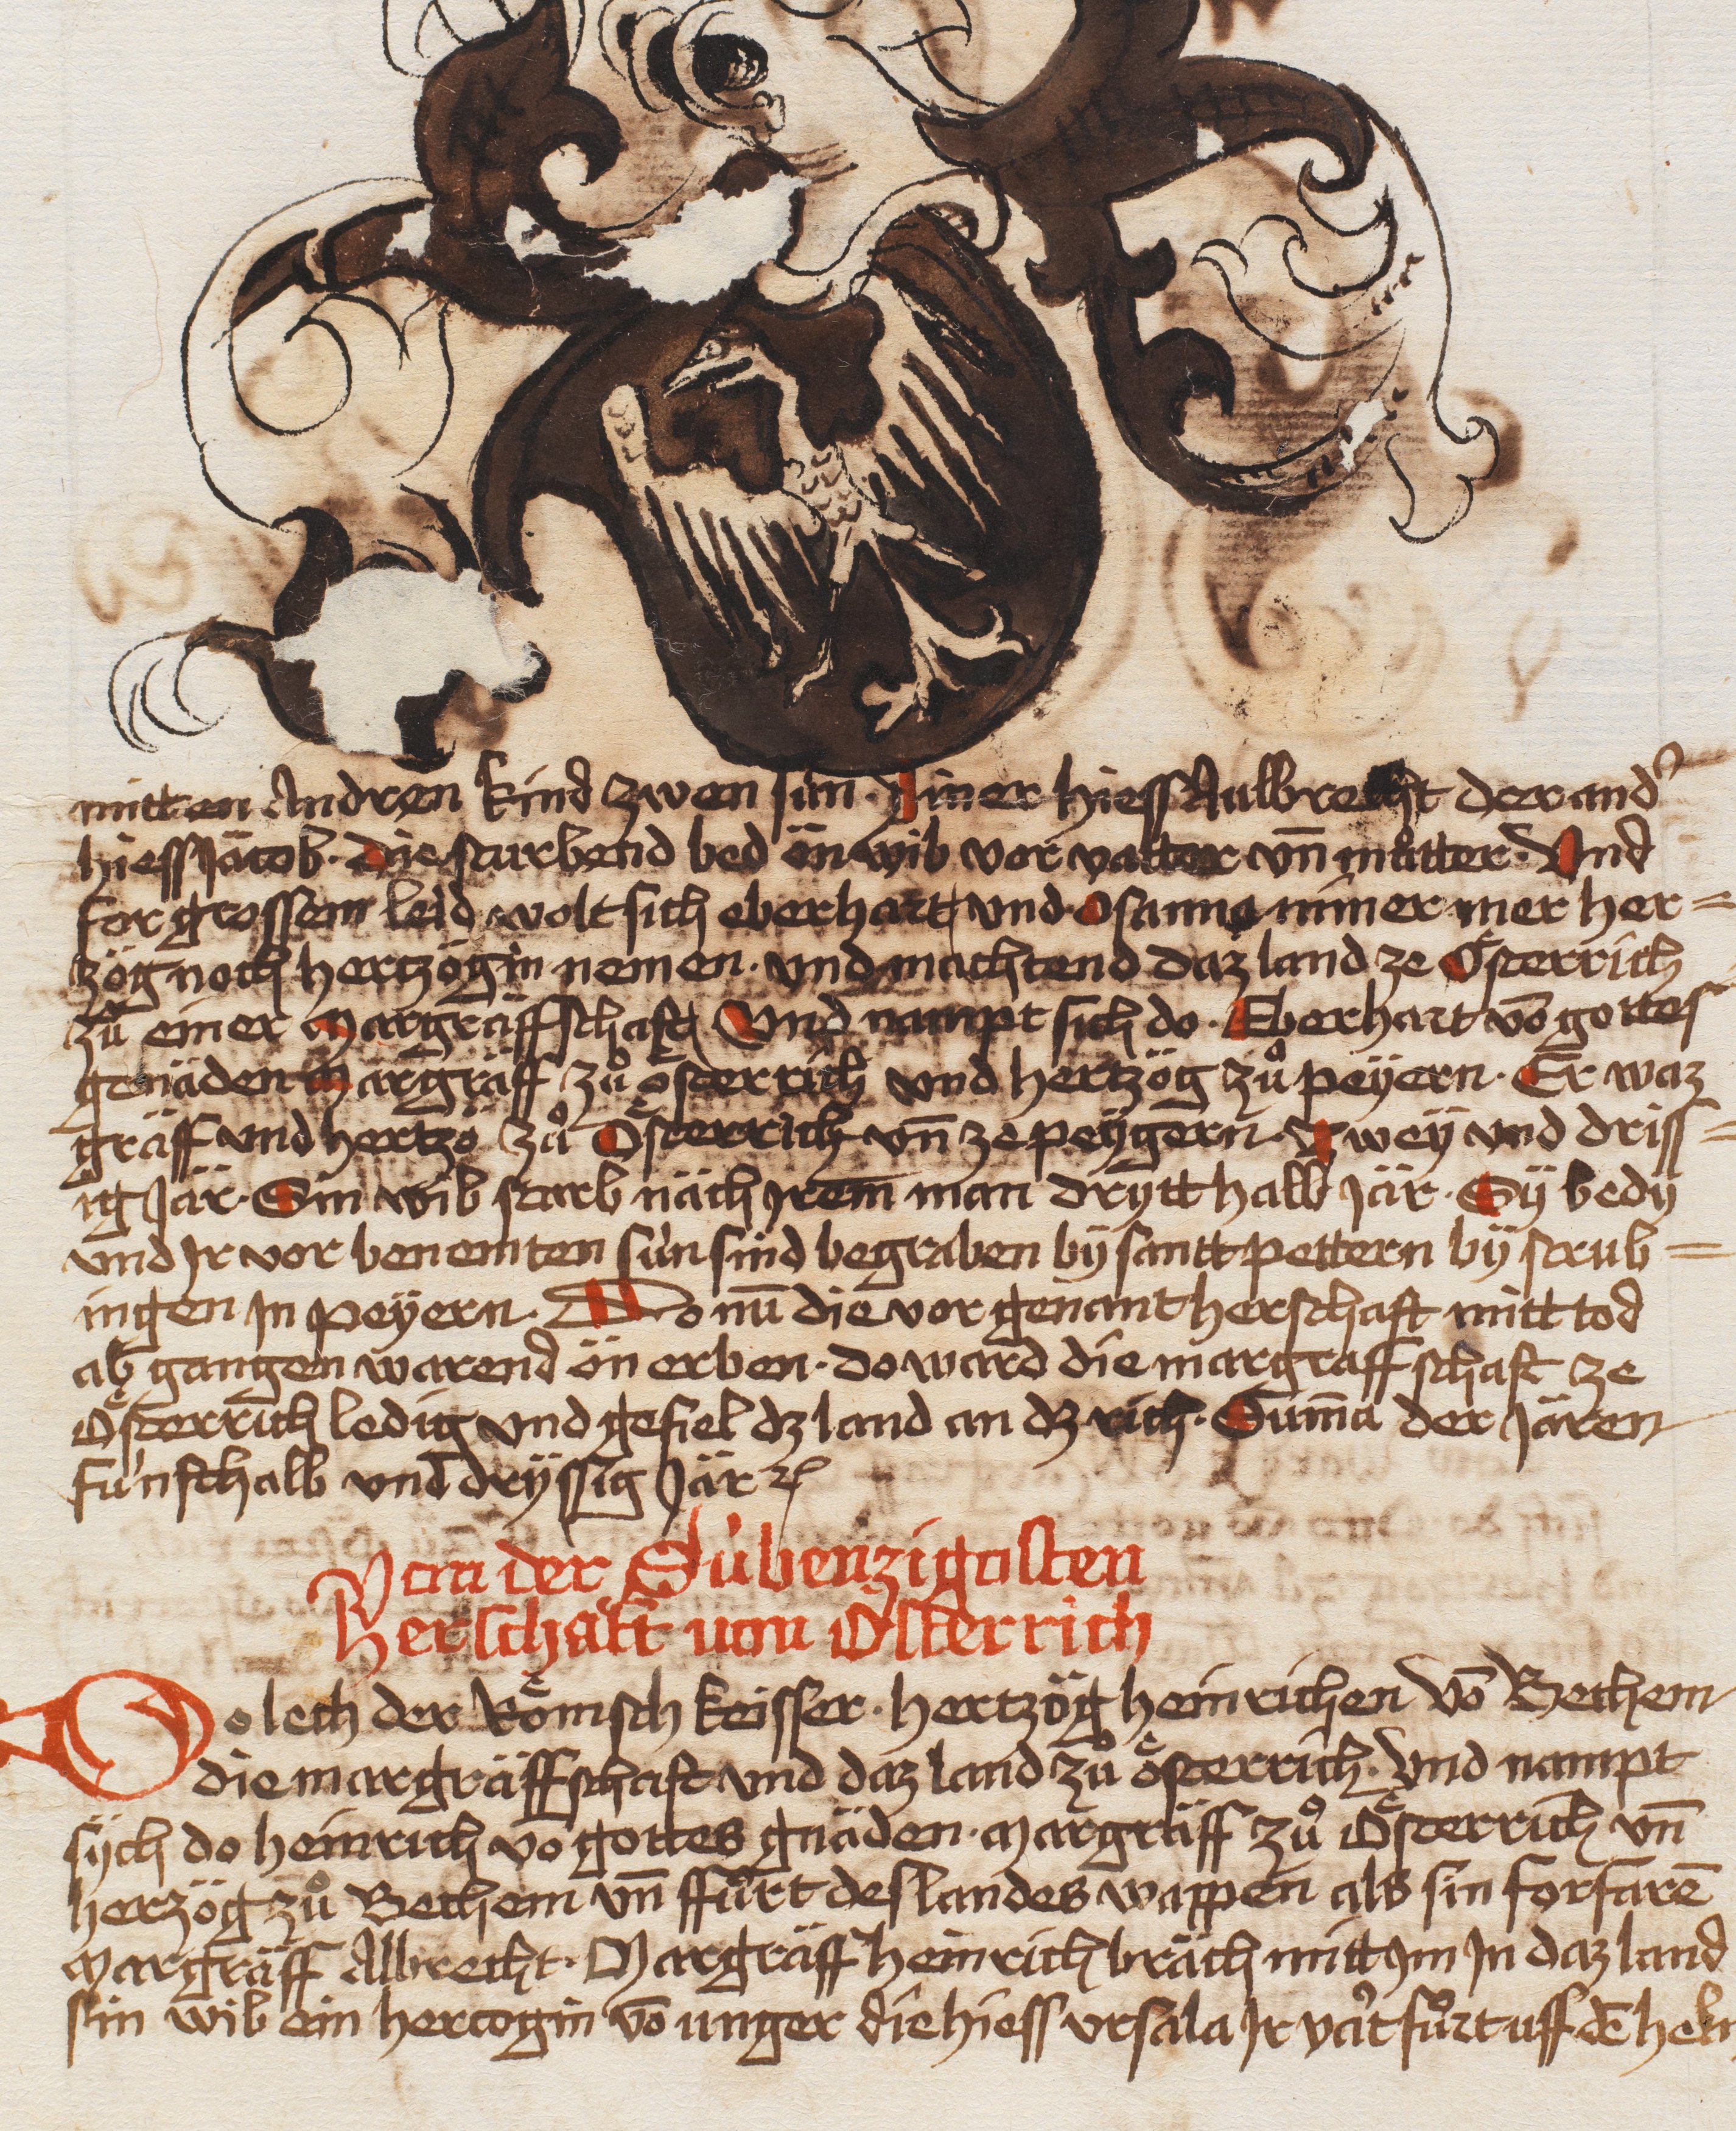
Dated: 1479–1480